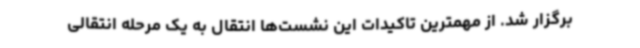
برگزار شد. از مهمترین تاکیدات این نشست‌ها انتقال به یک مرحله انتقالی